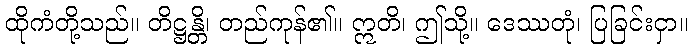
ထိုကံတို့သည်။ တိဋ္ဌန္တိ၊ တည်ကုန်၏။ ဣတိ၊ ဤသို့။ ဒေဿတုံ၊ ပြခြင်းငှာ။